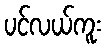
ပင်လယ်ကူး